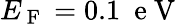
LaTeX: E_{\mathrm{~F~}}=0.1~\mathrm{~e~V~}